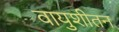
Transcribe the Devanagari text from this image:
वायुशीतन